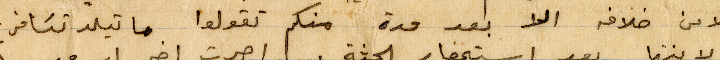
ولا من خلافه الا بعد مدة منكم تقولوا ماتيلد تسافر